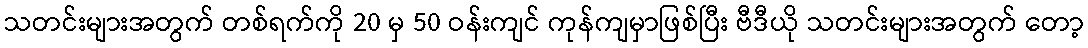
သတင်းများအတွက် တစ်ရက်ကို 20 မှ 50 ဝန်းကျင် ကုန်ကျမှာဖြစ်ပြီး ဗီဒီယို သတင်းများအတွက် တော့